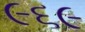
૯૬૯